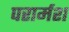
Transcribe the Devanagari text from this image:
परार्मश